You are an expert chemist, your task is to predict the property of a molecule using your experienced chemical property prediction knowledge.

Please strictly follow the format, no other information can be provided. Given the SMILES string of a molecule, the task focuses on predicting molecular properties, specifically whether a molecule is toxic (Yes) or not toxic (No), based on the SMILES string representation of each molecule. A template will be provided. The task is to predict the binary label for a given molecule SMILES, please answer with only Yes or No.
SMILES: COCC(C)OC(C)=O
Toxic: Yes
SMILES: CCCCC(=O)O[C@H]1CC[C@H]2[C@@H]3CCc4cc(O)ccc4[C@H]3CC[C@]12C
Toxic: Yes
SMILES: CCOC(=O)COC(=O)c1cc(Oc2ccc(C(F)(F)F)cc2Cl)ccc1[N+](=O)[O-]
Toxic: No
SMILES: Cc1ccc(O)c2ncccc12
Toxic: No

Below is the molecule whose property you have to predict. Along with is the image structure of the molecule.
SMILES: CNC(=O)c1ccccc1Sc1ccc2c(/C=C/c3ccccn3)n[nH]c2c1
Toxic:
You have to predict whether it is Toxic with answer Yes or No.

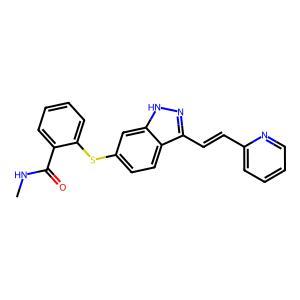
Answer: No